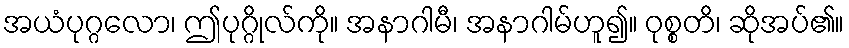
အယံပုဂ္ဂလော၊ ဤပုဂ္ဂိုလ်ကို။ အနာဂါမီ၊ အနာဂါမ်ဟူ၍။ ဝုစ္စတိ၊ ဆိုအပ်၏။